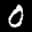
Label: 0